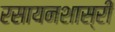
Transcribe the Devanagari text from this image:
रसायनशास्री